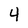
Character: 4